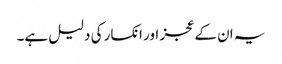
یہ ان کے عجز اور انکسار کی دلیل ہے۔